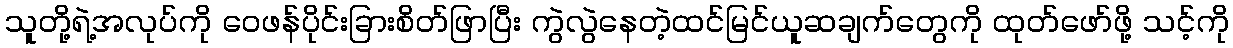
သူတို့ရဲ့အလုပ်ကို ဝေဖန်ပိုင်းခြားစိတ်ဖြာပြီး ကွဲလွဲနေတဲ့ထင်မြင်ယူဆချက်တွေကို ထုတ်ဖော်ဖို့ သင့်ကို